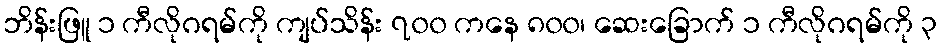
ဘိန်းဖြူ ၁ ကီလိုဂရမ်ကို ကျပ်သိန်း ၇၀၀ ကနေ ၈၀၀၊ ဆေးခြောက် ၁ ကီလိုဂရမ်ကို ၃